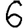
Digit: 6